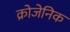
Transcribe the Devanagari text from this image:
क्रोजेनिक